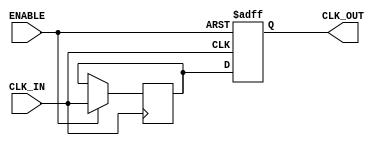
module ClockBuffer (
    input wire CLK_IN,        // Input clock signal
    input wire ENABLE,        // Enable signal for power management
    output reg CLK_OUT        // Buffered clock output
);

// Internal signal for buffering
reg buffered_clk;

// Buffering mechanism
always @(posedge CLK_IN or negedge ENABLE) begin
    if (!ENABLE) begin
        // When disabled, output is held low (or can be set to high impedance)
        CLK_OUT <= 1'b0; // or you can use high impedance if needed
    end else begin
        // Buffer the clock signal
        buffered_clk <= CLK_IN;
        CLK_OUT <= buffered_clk;
    end
end

endmodule